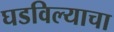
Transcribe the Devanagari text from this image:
घडविल्याचा